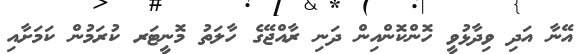
އޭނާ އަދި ވިދާޅުވީ ހޮންކޮންއިން ދަނި ރާއްޖޭގެ ހާލަތު މޮނީޓަރ ކުރަމުން ކަމަށާއި